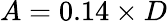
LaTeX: A=0.14\times D